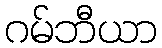
ဂမ်ဘီယာ